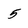
Character: 5